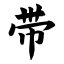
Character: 带